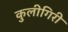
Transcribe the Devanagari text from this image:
कुलीगिरी